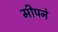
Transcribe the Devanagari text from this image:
मीपने